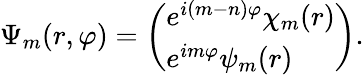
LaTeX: \Psi_{m}(r,\varphi)=\left(\begin{array}{l}{{e^{i(m-n)\varphi}\chi_{m}(r)}}\\ {{e^{im\varphi}\psi_{m}(r)}}\end{array}\right).